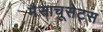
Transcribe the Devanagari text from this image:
मैसाचूसेट्स